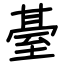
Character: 䑓